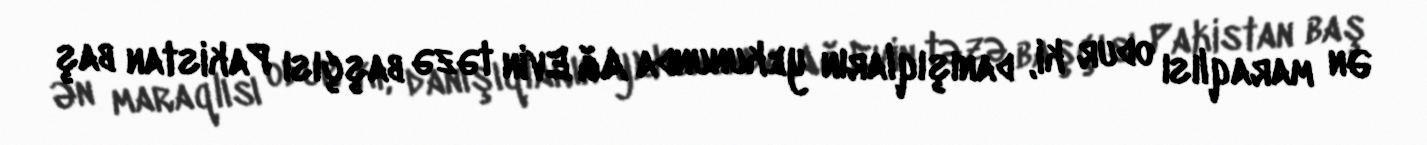
Ən maraqlısı odur ki, danışıqların yekununda Ağ Evin təzə başçısı Pakistan baş